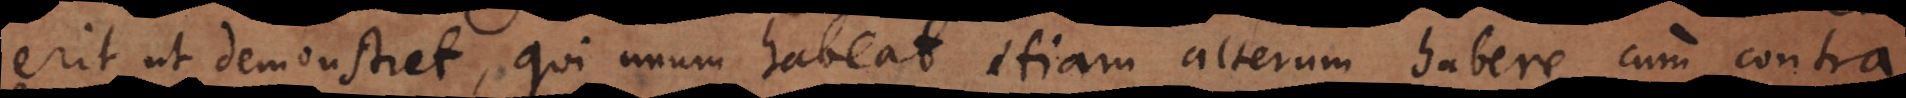
erit ut demonstret, qui unum habeat etiam alterum habere, cum contra